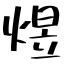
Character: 煜